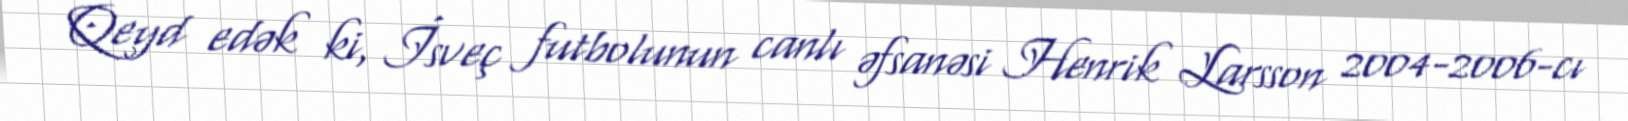
Qeyd edək ki, İsveç futbolunun canlı əfsanəsi Henrik Larsson 2004-2006-cı